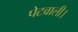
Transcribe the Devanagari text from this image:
पेटवाली।